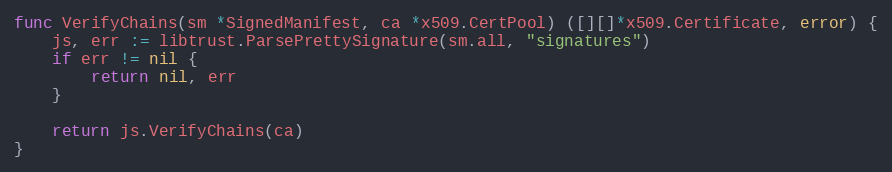
Language: Go
func VerifyChains(sm *SignedManifest, ca *x509.CertPool) ([][]*x509.Certificate, error) {
	js, err := libtrust.ParsePrettySignature(sm.all, "signatures")
	if err != nil {
		return nil, err
	}

	return js.VerifyChains(ca)
}